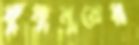
কুকুনুরের